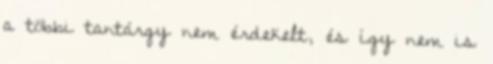
a többi tantárgy nem érdekelt, és így nem is